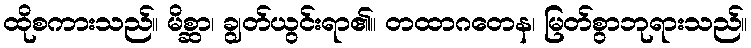
ထိုစကားသည်။ မိစ္ဆာ၊ ချွတ်ယွင်းရာ၏။ တထာဂတေန၊ မြတ်စွာဘုရားသည်။